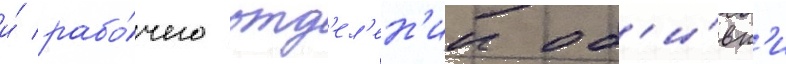
и́ рабо́чего отд'ел'ен'ии об'и́вк'и